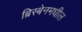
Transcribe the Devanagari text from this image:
ब्रिस्बेनमधील